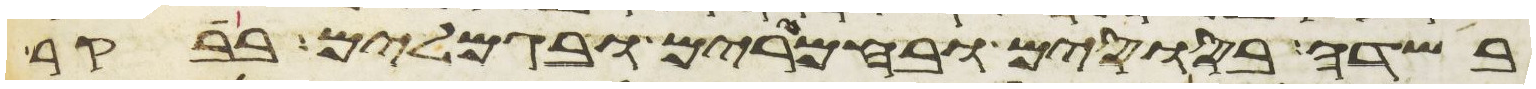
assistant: בשדה בסוסים ובחמרים ובגמלים בבקר